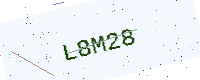
Text: L8M28